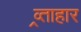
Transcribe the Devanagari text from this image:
व्र्ताहार